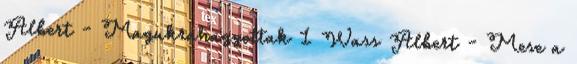
Albert - Magukrahagyottak 1 Wass Albert - Mese a